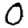
Digit: 0